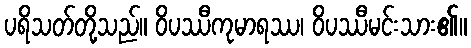
ပရိသတ်တို့သည်။ ဝိပဿီကုမာရဿ၊ ဝိပဿီမင်းသား၏။